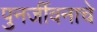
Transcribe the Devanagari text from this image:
पुनर्जीवनाचे